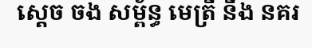
ស្តេច ចង សម្ព័ន្ធ មេត្រី នឹង នគរ